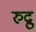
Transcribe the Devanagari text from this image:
रुद्रु